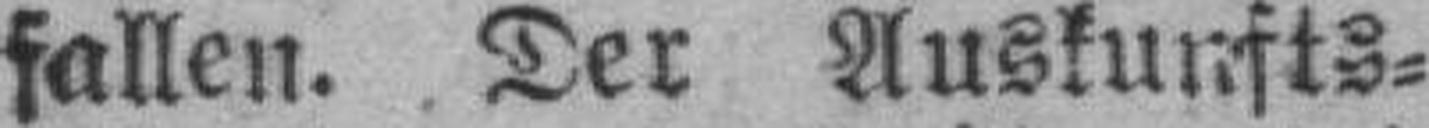
fallen. Der Auskunfts¬